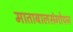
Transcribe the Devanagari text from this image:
माताबालसंगोपन